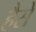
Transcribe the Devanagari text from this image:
हैसे